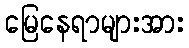
မြေနေရာများအား